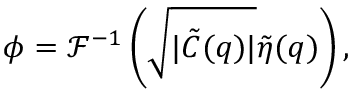
\phi = \mathcal { F } ^ { - 1 } \left( \sqrt { | \tilde { C } ( \boldsymbol q ) | } \tilde { \eta } ( \boldsymbol q ) \right) ,